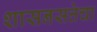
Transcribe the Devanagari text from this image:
शासनसत्तेचा